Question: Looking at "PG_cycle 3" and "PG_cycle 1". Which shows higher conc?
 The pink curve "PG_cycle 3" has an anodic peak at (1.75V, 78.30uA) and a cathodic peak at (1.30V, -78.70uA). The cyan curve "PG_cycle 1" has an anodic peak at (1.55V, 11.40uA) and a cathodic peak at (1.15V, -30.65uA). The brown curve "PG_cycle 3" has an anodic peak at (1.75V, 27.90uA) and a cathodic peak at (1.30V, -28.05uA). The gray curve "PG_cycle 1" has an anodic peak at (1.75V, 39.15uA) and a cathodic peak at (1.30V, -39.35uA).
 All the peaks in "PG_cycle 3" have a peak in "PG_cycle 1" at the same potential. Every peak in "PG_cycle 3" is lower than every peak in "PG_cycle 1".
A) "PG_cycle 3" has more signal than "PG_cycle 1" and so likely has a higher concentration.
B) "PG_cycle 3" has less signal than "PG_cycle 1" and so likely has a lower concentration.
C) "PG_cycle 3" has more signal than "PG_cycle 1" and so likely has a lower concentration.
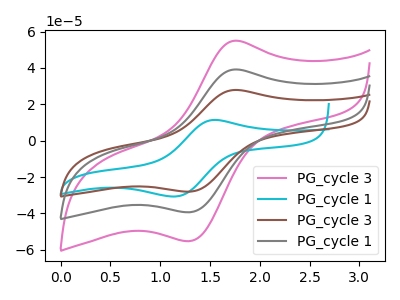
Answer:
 <answer>B) "PG_cycle 3" has less signal than "PG_cycle 1" and so likely has a lower concentration.</answer>
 <eval>B</eval>